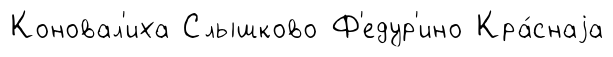
Коновал'иха Слышково Ф'едур'ино Кра́снаjа